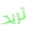
تريد